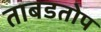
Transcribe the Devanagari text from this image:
ताबडतोप